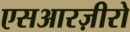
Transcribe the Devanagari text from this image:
एसआरज़ीरो